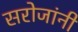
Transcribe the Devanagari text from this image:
सरोजांनी